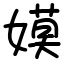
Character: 嫫